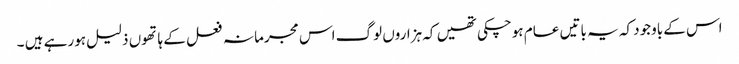
اس کے باوجود کہ یہ باتیں عام ہوچکی تھیں کہ ہزاروں لوگ اس مجرمانہ فعل کے ہاتھوں ذلیل ہورہے ہیں ۔